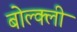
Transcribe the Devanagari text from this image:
बोल्क्ली